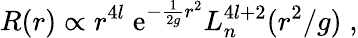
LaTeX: R(r)\propto r^{4l}\; \mathrm{e}^{-\frac{1}{2g}r^{2}}L_{n}^{4l+2}(r^{2}/g)\; ,